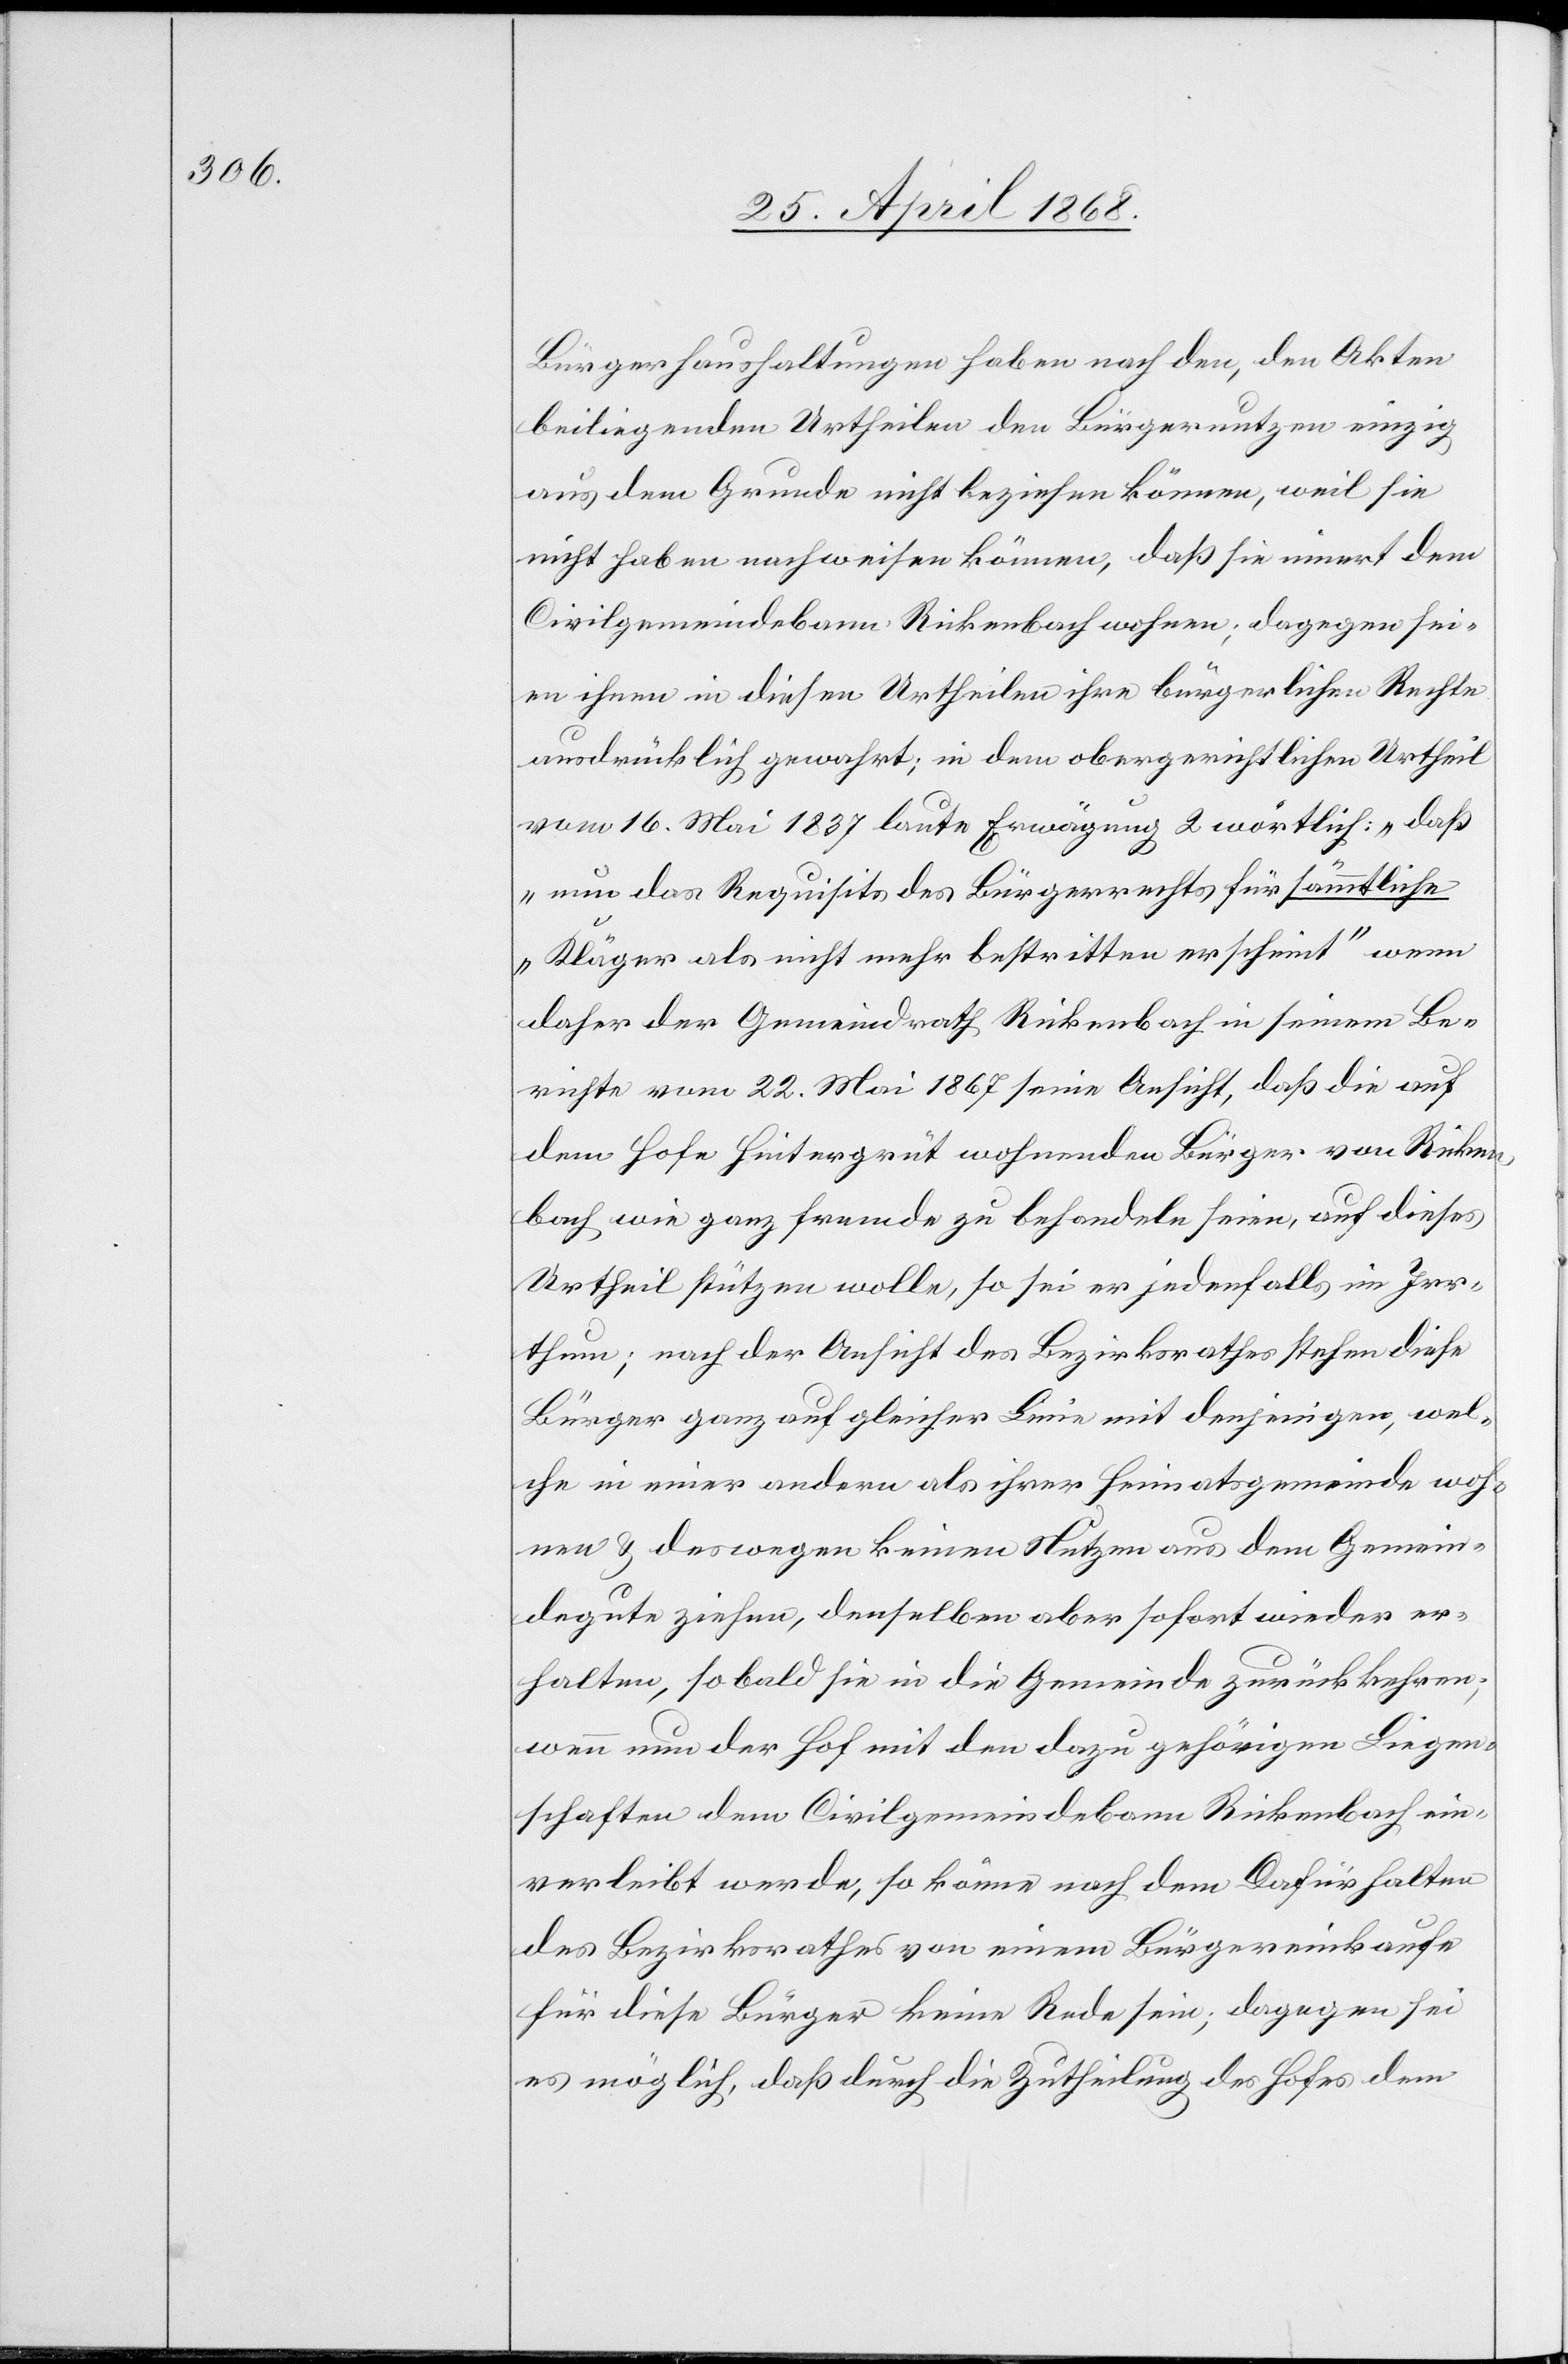
Bürgerhaushaltungen haben nach den, den Akten
beiliegenden Urtheilen den Bürgernutzen einzig
aus dem Grunde nicht beziehen können, weil sie
nicht haben nachweisen können, daß sie innert dem
Civilgemeindebann Rickenbach wohnen; dagegen sei¬
en ihnen in diesen Urtheilen ihre bürgerlichen Rechte
ausdrücklich gewahrt; in dem obergerichtlichen Urtheil
vom 16. Mai 1837 laute Erwägung 2 wörtlich: „daß
nun das Requisits des Bürgerrechts für sämmtliche
Kläger als nicht mehr bestritten erscheint“ wenn
daher der Gemeindrath Rickenbach in einem Be¬
richte vom 22. Mai 1867 seine Ansicht, daß die auf
dem Hofe Hintergrüt wohnenden Bürger von Ricken¬
bach wie ganz fremde zu behandeln seien, auf dieses
Urtheil stützen wolle, so sei er jedenfalls im Irr¬
thum; nach der Ansicht des Bezirksrathes stehen diese
Bürger ganz auf gleicher Linie mit denjenigen, wel¬
che in einer andern als ihrer Heimatsgemeinde woh¬
nen & deswegen keinen Nutzen aus dem Gemein¬
degute ziehen, denselben aber sofort wieder er¬
halten, so bald sie in die Gemeinde zurückkehren;
wenn nun der Hof mit den dazu gehörigen Liegen¬
schaften dem Civilgemeindebann Rickenbach ein¬
verleibt werde, so könne nach dem Dafürhalten
des Bezirksrathes von einem Bürgereinkaufe
für diese Bürger keine Rede sein; dagegen sei
es möglich, daß durch die Zutheilung des Hofes dem